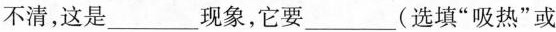
不清，这是_______现象，它要______(选填”吸热”或